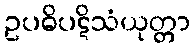
ဥပဓိပဋိသံယုတ္တာ